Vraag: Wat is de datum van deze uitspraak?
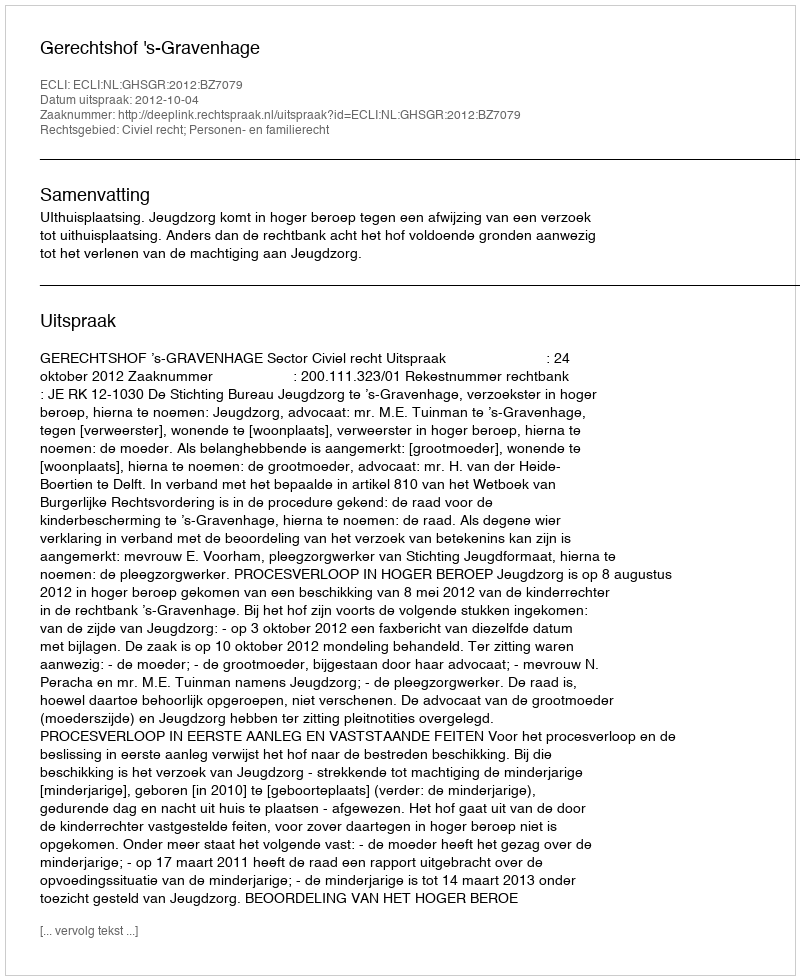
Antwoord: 2012-10-04